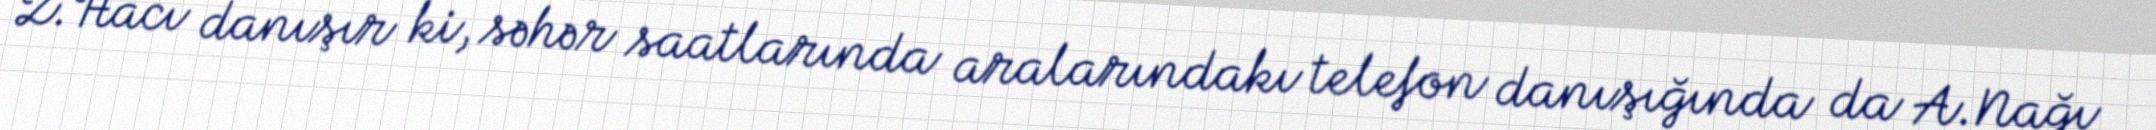
Z.Hacı danışır ki, səhər saatlarında aralarındakı telefon danışığında da A.Nağı